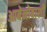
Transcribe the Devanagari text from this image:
आबेनोबाशी